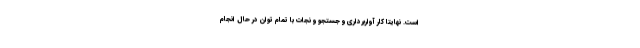
است. نهایتا کار آواربرداری و جستجو و نجات با تمام توان در حال انجام